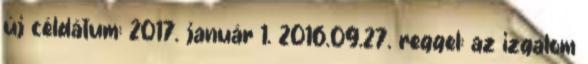
új céldátum: 2017. január 1. 2016.09.27. reggel: az izgalom